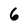
Character: 6